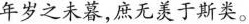
年岁之未暮，庶无羡于斯奕。